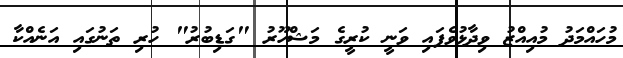
މުހައްމަދު މުއިއްޒު ވިދާޅުވެފައި ވަނީ ކުރީގެ މަޝްހޫރު "ގަޑިބުރު" ހުރި ތަނުގައި އަނެއްކާ